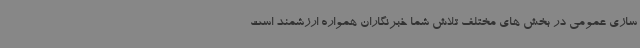
سازی عمومی در بخش های مختلف تلاش شما خبرنگاران همواره ارزشمند است